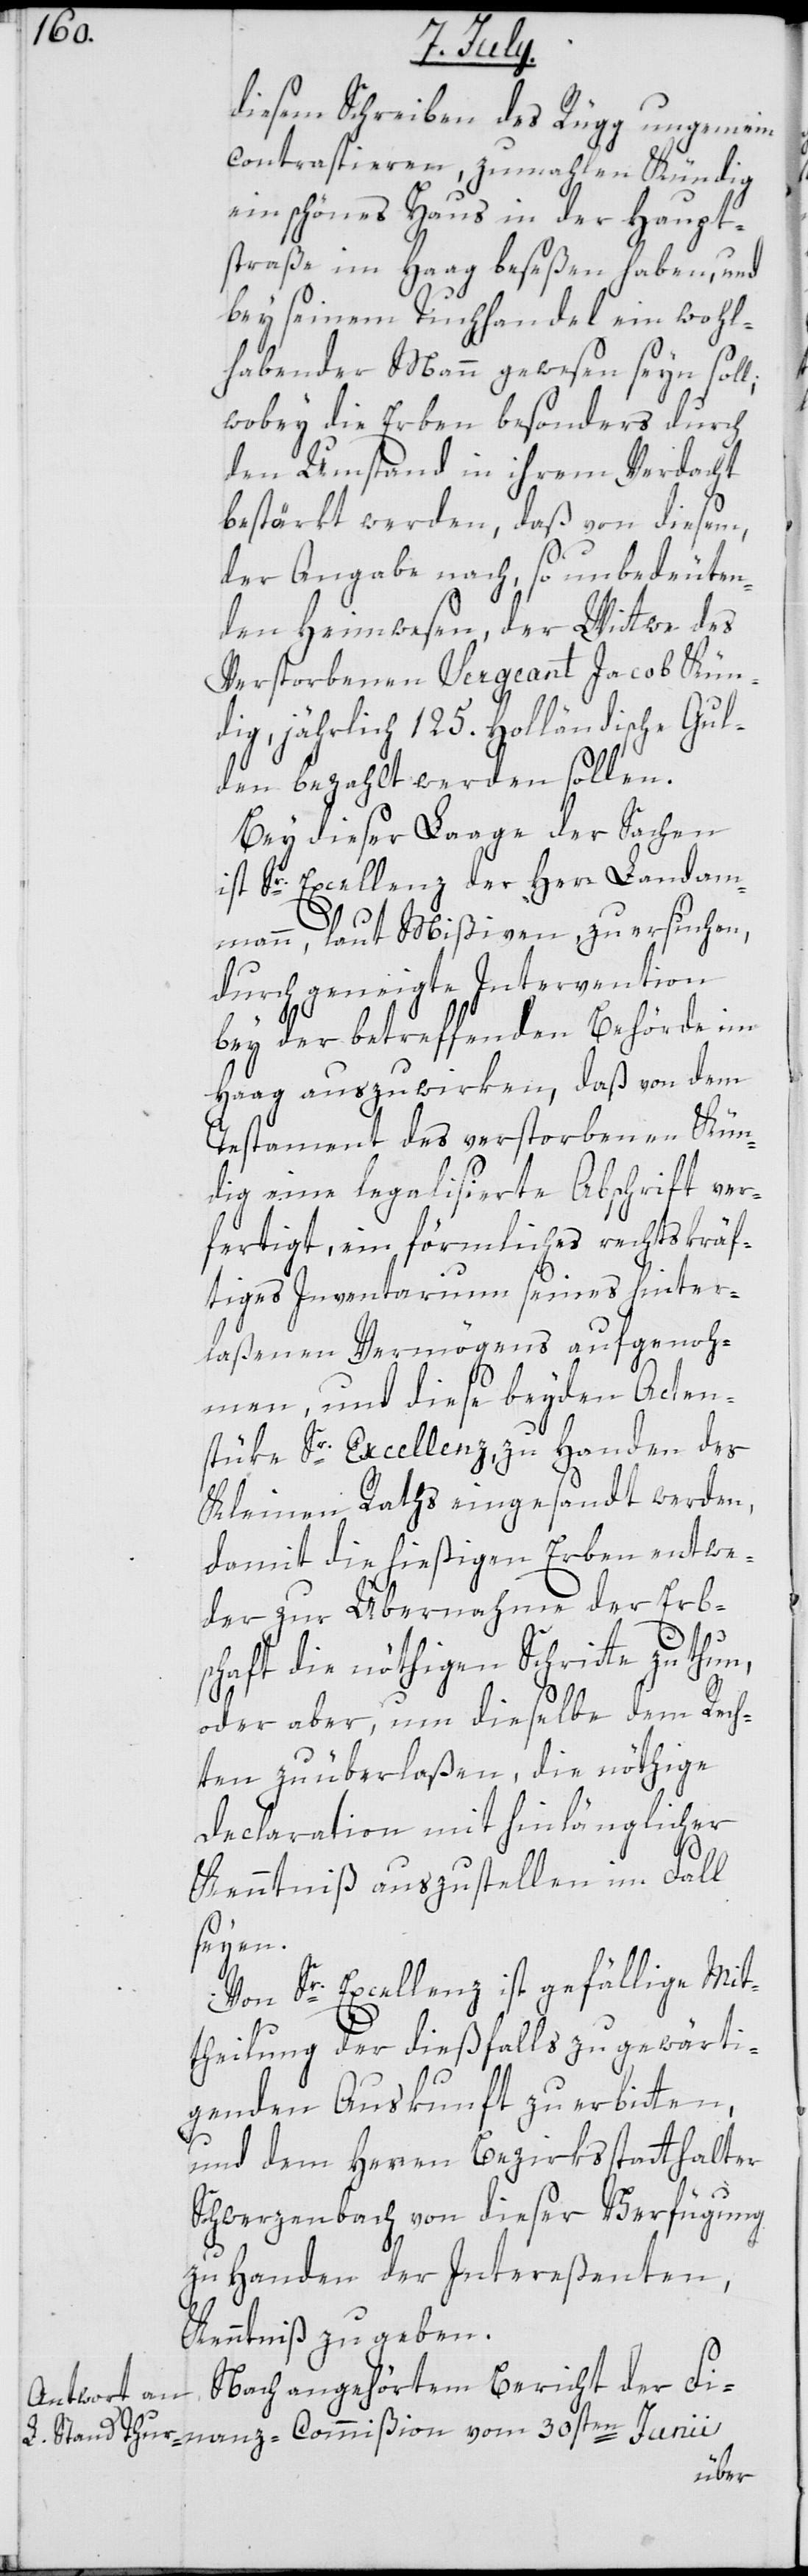
diesem Schreiben des Rüegg ungemein
contrastieren, zumahlen Kündig
ein schönes Haus in der Haupt¬
straße im Haag beseßen haben, und
bey seinem Tuchhandel ein wohl¬
habender Mann gewesen seyn soll;
wobey die Erben besonders durch
den Umstand in ihrem Verdacht
bestärkt werden, daß von diesem,
der Angabe nach, so unbedeuten¬
den Heimwesen, der Wittwe des
Verstorbenen Sergeant Jacob Kün¬
dig, jährlich 125. Holländische Gul¬
den bezahlt werden sollen.
Bey dieser Laage der Sachen
ist Se. Excellenz der Herr Landam¬
mann, laut Mißiven zu ersuchen,
durch geneigte Intervention
bey der betreffenden Behörde im
Haag auszuwirken, daß von dem
Testament des verstorbenen Kün¬
dig eine legalisierte Abschrift ver¬
fertigt, ein förmliches rechtskräf¬
tiges Inventarium seines hinter¬
laßenen Vermögens aufgenoh¬
men, und diese beyden Acten¬
stüke Sr. Excellenz, zu Handen des
Kleinen Raths eingesandt werden,
damit die hießigen Erben entwe¬
der zur Übernahme der Erb¬
schaft die nöthigen Schritte zu thun,
oder aber, um dieselbe dem Rech¬
ten zu überlaßen, die nöthige
Declaration mit hinlänglicher
Kenntniß auszustellen im Fall
seyen.
Von Sr. Excellenz ist gefällige Mit¬
theilung der dießfalls zu gewärti¬
genden Auskunft zu erbitten,
und dem Herren Bezirksstatthalter
Schwerzenbach von dieser Verfügung
zu Handen der Intereßenten,
Kenntniß zu geben.
Nach angehörtem Bericht der Fi¬
nanz-Commißion vom 30sten Junii